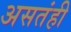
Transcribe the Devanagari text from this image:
असतंही